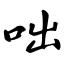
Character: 咄